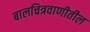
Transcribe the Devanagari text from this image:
बालचित्रवाणीतील